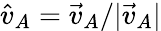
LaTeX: \hat{v}_{A}=\vec{v}_{A}/|\vec{v}_{A}|